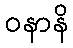
ဝနာနိ